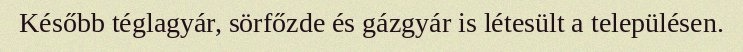
Később téglagyár, sörfőzde és gázgyár is létesült a településen.